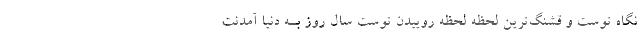
نگاه توست و قشنگ‌ترین لحظه لحظه روییدن توست سال روز بـه دنیا آمدنت